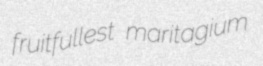
fruitfullest maritagium